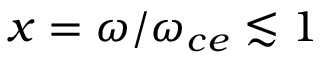
x = \omega / \omega _ { c e } \lesssim 1